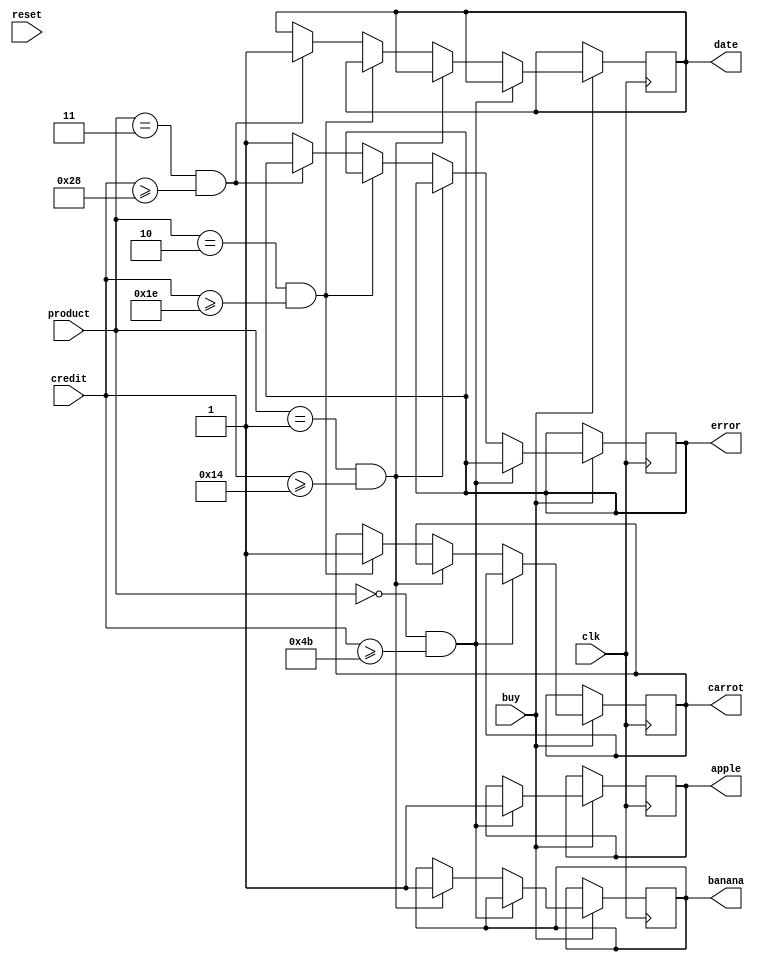
module purchaseManager(clk, reset, buy, product, credit, apple, banana, carrot, date, error);
input clk, reset;
input buy;
input [1:0] product;
input [7:0] credit;
output reg apple, banana, carrot, date, error;

//when buy && cred == a/b/c/d/e
always@(posedge clk)
begin
if (buy == 1) begin
	if(product == 2'b00 && credit >= 8'b01001011)
		apple <= 1;
	else if(product == 2'b01 && credit >= 8'b00010100)
		banana <= 1;
	else if(product == 2'b10 && credit >= 8'b00011110)
		carrot <= 1;
	else if(product == 2'b11 && credit >= 8'b00101000)
		date <= 1;
	else
		error <= 1;
end
end



endmodule